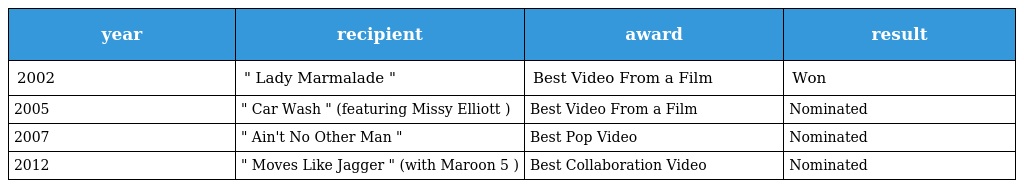
| year | recipient | award | result |
 | --- | --- | --- | --- |
 | 2002 | " Lady Marmalade " | Best Video From a Film | Won |
 | 2005 | " Car Wash " (featuring Missy Elliott ) | Best Video From a Film | Nominated |
 | 2007 | " Ain't No Other Man " | Best Pop Video | Nominated |
 | 2012 | " Moves Like Jagger " (with Maroon 5 ) | Best Collaboration Video | Nominated |